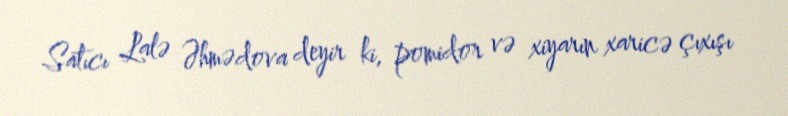
Satıcı Lalə Əhmədova deyir ki, pomidor və xiyarın xaricə çıxışı